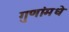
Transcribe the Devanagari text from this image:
गुणांमधे